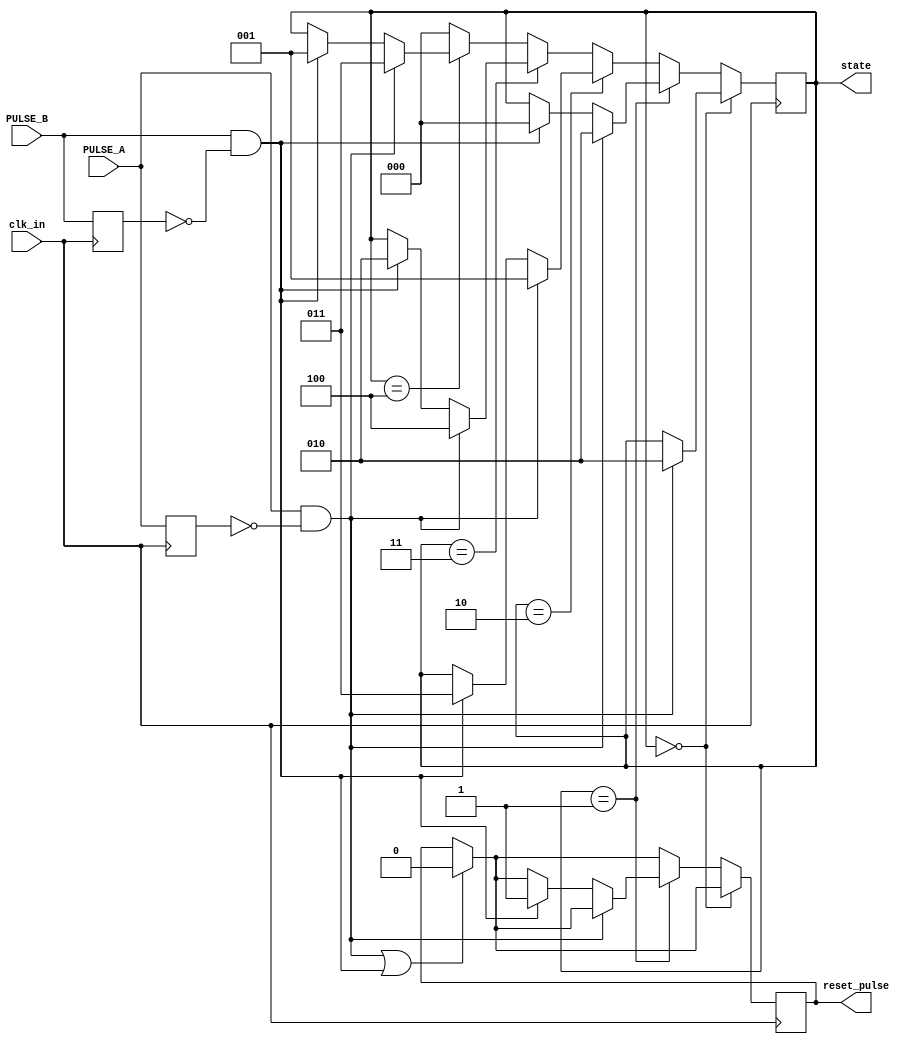
module StateMachine(input clk_in,
                    input PULSE_A, input PULSE_B,

                    output reg [2:0] state, // Current state. The nomenclature is the same as in the assignment
                    output reg reset_pulse);


  reg OLD_PULSE_A, OLD_PULSE_B;

  always @(posedge clk_in) begin
    if( (PULSE_A & ~OLD_PULSE_A) | (PULSE_B & ~OLD_PULSE_B)) begin
      reset_pulse <= 0;
    end

    if( state == 0 ) begin
      // State 0
      if(PULSE_A & ~OLD_PULSE_A) begin
        state <= 2;
        // Do something
      end /* else if(PULSE_B & ~OLD_PULSE_B) begin
        // Do nothing :(
      end */
    end else if (state == 1) begin
      // State 1
      if(PULSE_A & ~OLD_PULSE_A) begin
        state <= 2;
        // Do something
      end else if(PULSE_B & ~OLD_PULSE_B) begin
        state <= 0;
        reset_pulse <= 1;
        // Reset pulse!
      end
    end else if (state == 2) begin
      // State 2
      if(PULSE_A & ~OLD_PULSE_A) begin
        state <= 1;
        // Do something
      end else if(PULSE_B & ~OLD_PULSE_B) begin
        state <= 3;
        // Do something
      end
    end else if (state == 3) begin
      // State 3
      if(PULSE_A & ~OLD_PULSE_A) begin
        state <= 4;
        // Do something
      end else if(PULSE_B & ~OLD_PULSE_B) begin
        state <= 2;
        // Do something
      end
    end else if (state == 4) begin
      // State 4
      if(PULSE_A & ~OLD_PULSE_A) begin
        state <= 3;
        // Do something
      end else if(PULSE_B & ~OLD_PULSE_B) begin
        state <= 1;
        // Do something
      end
    end else begin
      // State 5-8, why are you even here?
      // Fallback to a default state
      state <= 0;
    end

    OLD_PULSE_A <= PULSE_A;
    OLD_PULSE_B <= PULSE_B;
  end

endmodule